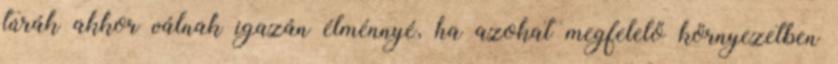
túrák akkor válnak igazán élménnyé, ha azokat megfelelő környezetben